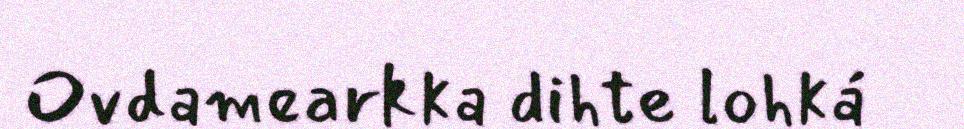
Ovdamearkka dihte lohká